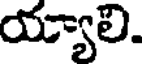
య్యాలి.